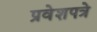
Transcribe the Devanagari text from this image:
प्रवेशपत्रे